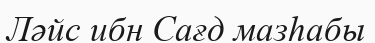
Ләйс ибн Сағд мазһабы